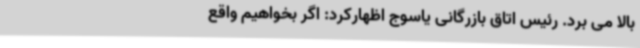
بالا می برد. رئیس اتاق بازرگانی یاسوج اظهارکرد: اگر بخواهیم واقع